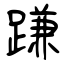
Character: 𨃰